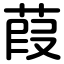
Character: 葭